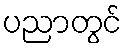
ပညာတွင်